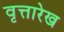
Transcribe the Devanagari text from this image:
वृत्तारेख